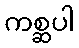
ကစ္ဆပါ